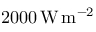
2 0 0 0 \, \mathrm { { W \, m ^ { - 2 } } }